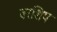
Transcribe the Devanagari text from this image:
वरशिप